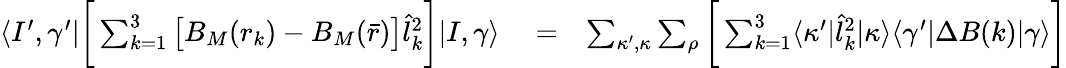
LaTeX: \begin{array}{rlr}{\langle I^{\prime},\gamma^{\prime}|\bigg[\sum_{k=1}^{3}\big[B_{M}(r_{k})-B_{M}(\bar{r})\big]\hat{l}_{k}^{2}\bigg]|I,\gamma\rangle}&{{}=}&{\sum_{\kappa^{\prime},\kappa}\sum_{\rho}\bigg[\sum_{k=1}^{3}\langle\kappa^{\prime}|\hat{l}_{k}^{2}|\kappa\rangle\langle\gamma^{\prime}|\Delta B(k)|\gamma\rangle\bigg]}\end{array}